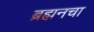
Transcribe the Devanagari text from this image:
ब्रह्मनचा